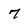
Character: 7